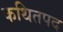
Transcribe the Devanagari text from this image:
कथितपद